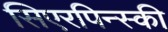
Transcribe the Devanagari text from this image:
सिएरपिन्स्की